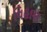
વિહાણ